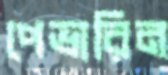
পেভারিন